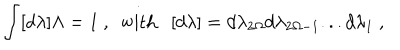
LaTeX: \int [ d \lambda ] \Lambda = 1 \ , \ \ \mathrm { w i t h } \ \ \ [ d \lambda ] = d \lambda _ { 2 \Omega } d \lambda _ { 2 \Omega - 1 } . . . d \lambda _ { 1 } \ ,